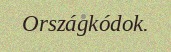
Országkódok.